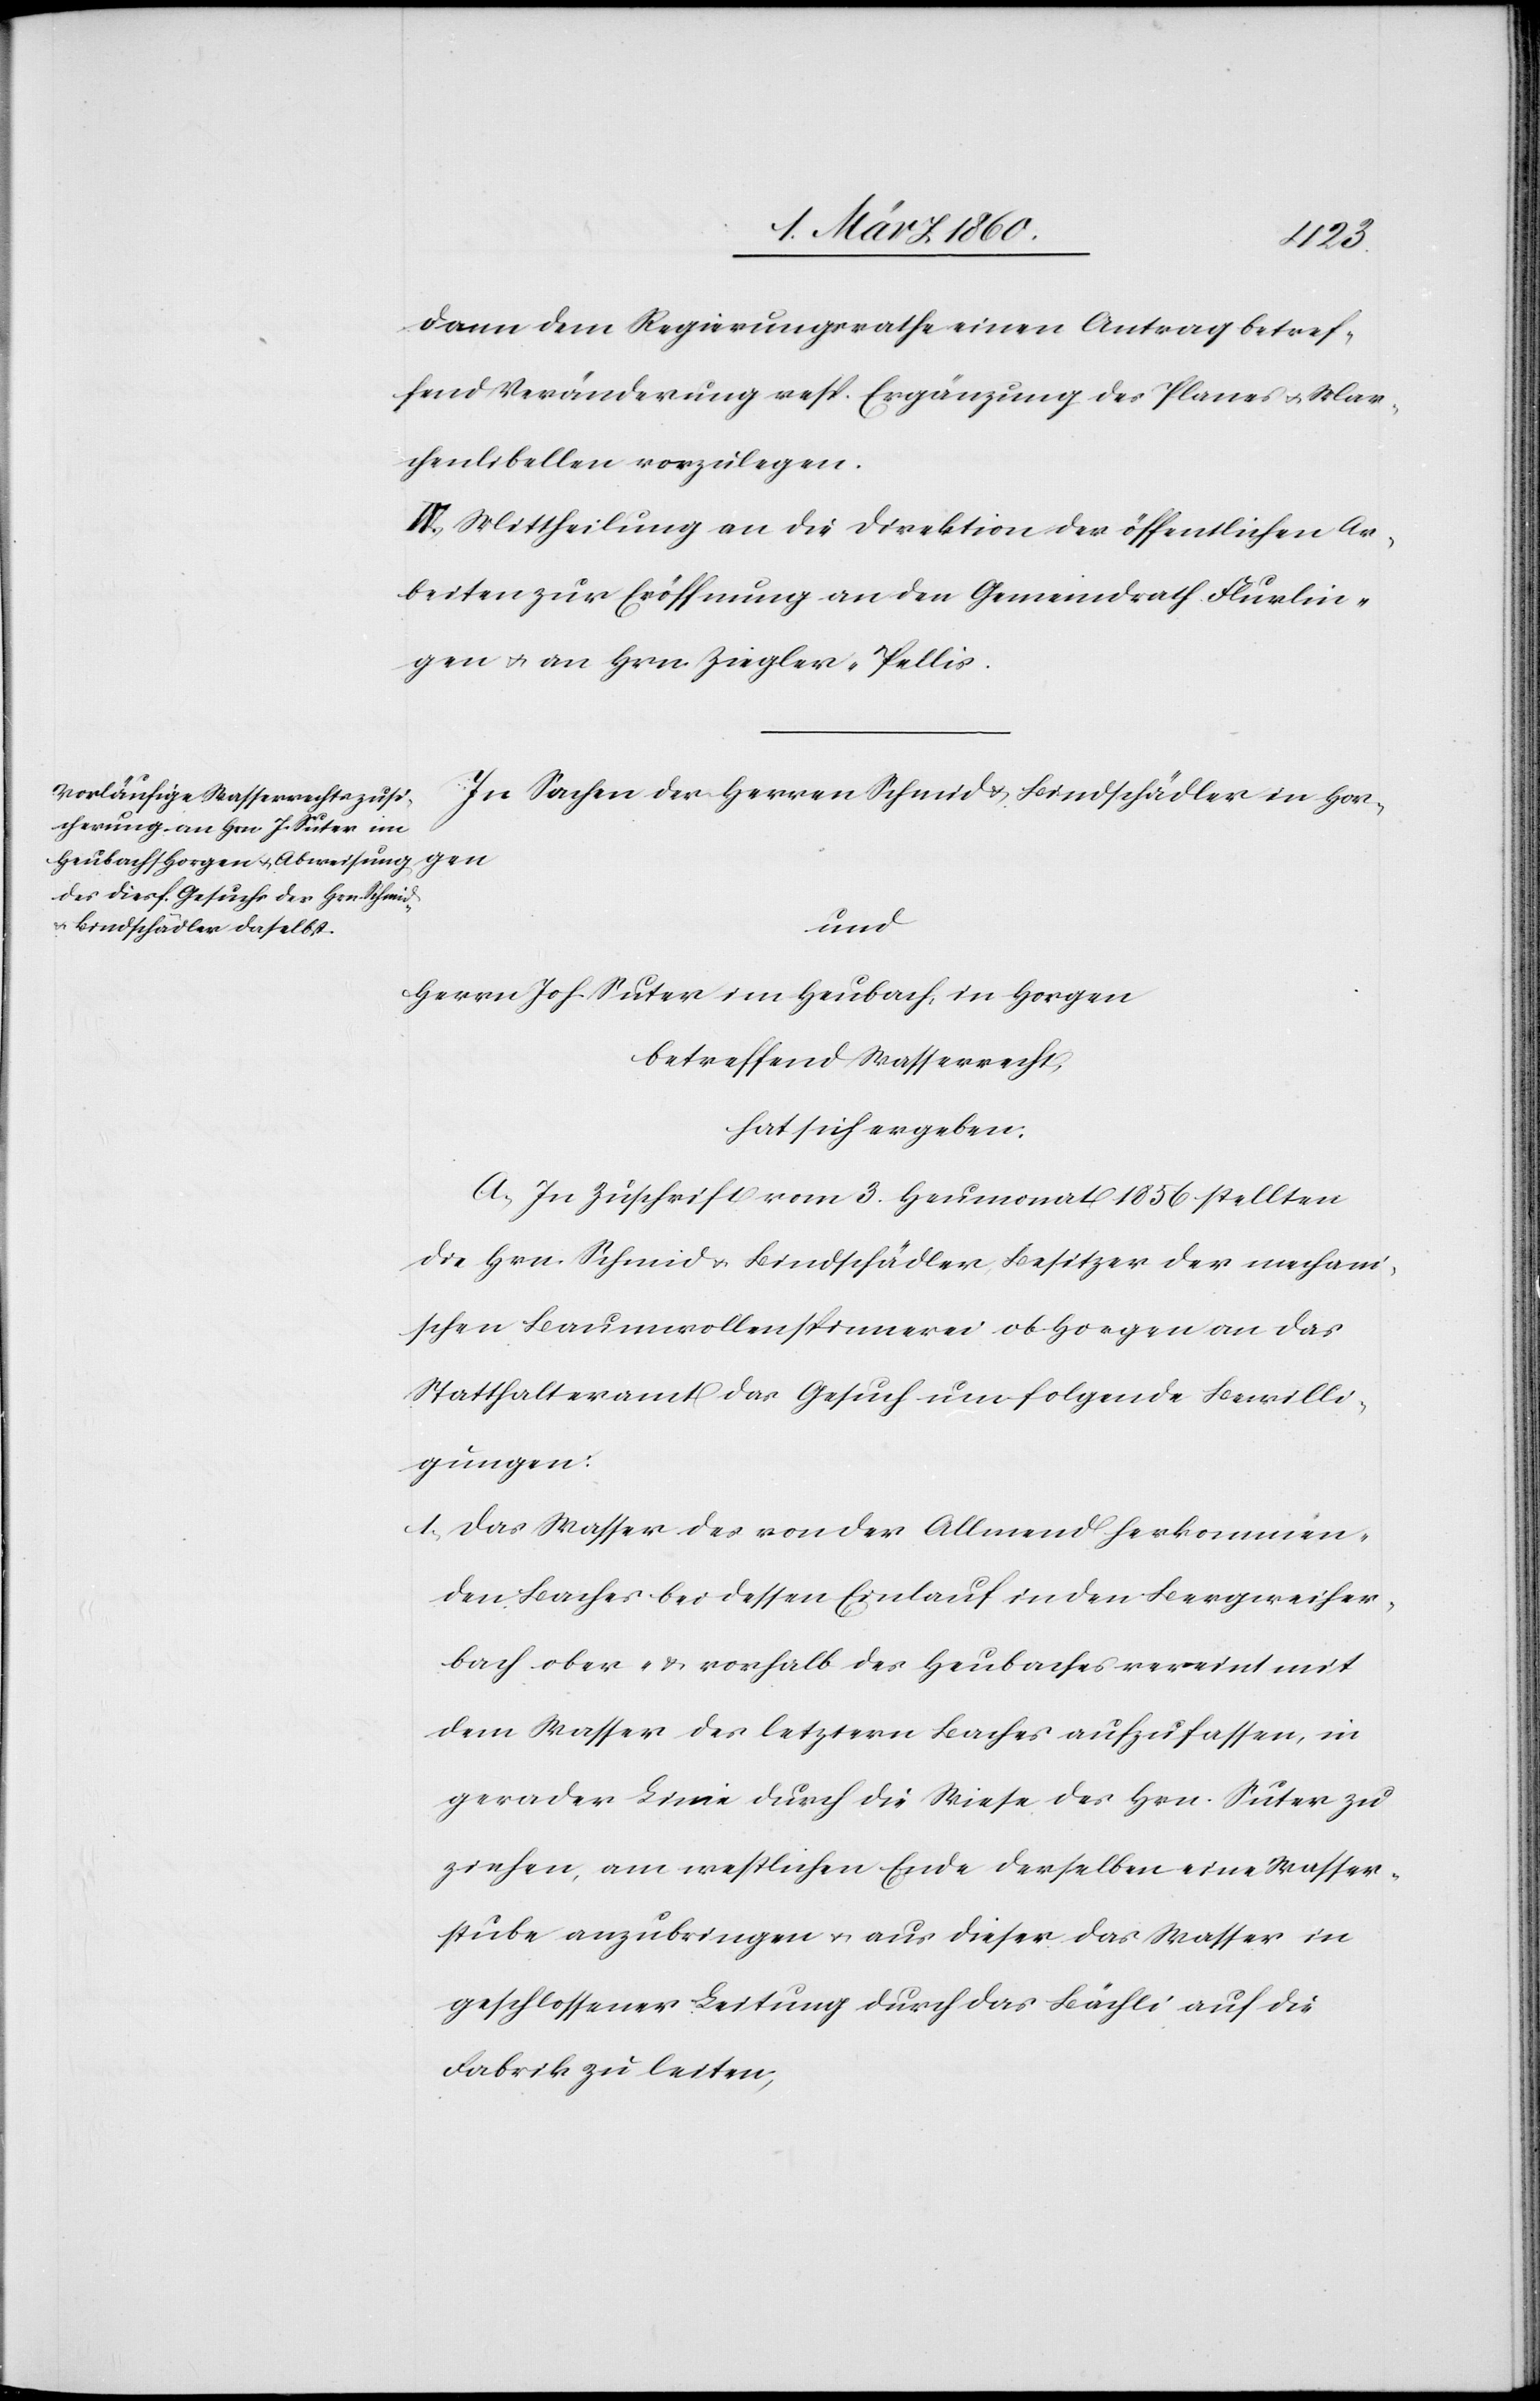
dann dem Regierungsrathe einen Antrag betref¬
fend Veränderung resp. Ergänzung des Planes u. Mar¬
chenlibellen vorzulegen.
IV. Mittheilung an die Direktion der öffentlichen Ar¬
beiten zur Eröffnung an den Gemeindrath Flurlin¬
gen u. an Herrn Ziegler-Pellis.
In Sachen der Herren Schmid u. Bindschädler in Hor¬
gen
und
Herrn Joh. Suter im Heubach, in Horgen
betreffend Wasserrecht
hat sich ergeben:
A. In Zuschrift vom 3. Heumonat 1856 stellten
die Hrn. Schmid u. Bindschädler Besitzer der mechani¬
schen Baumwollenspinnerei ob Horgen an das
Statthalteramt das Gesuch um folgende Bewilli¬
gungen:
1. Das Wasser des von der Allmend herkommen¬
den Baches bei dessen Einlauf in den Bergweiher¬
bach ober- und vorhalb des Heubaches vereint mit
dem Wasser des letztern Baches aufzufassen, in
gerader Linie durch die Wiese des Hrn. Suter zu
ziehen, am westlichen Ende derselben eine Wasser¬
stube anzubringen u. aus dieser das Wasser in
geschlossener Leitung durch das Bächli auf die
Fabrik zu leiten,